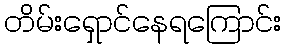
တိမ်းရှောင်နေရကြောင်း